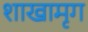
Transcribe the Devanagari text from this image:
शाखामृग